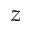
z